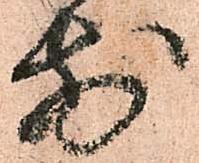
前